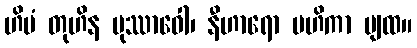
ဟိမံ တုဟိန မုဿာဝေါ၊ နီဟာရော မဟိကာ ပျထ။